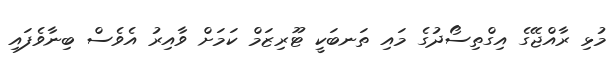
މުޅި ރާއްޖޭގެ އިގްތިސޯދުގެ މައި ތަނބަކީ ޓޫރިޒަމް ކަމަށް ވާއިރު އެވެސް ބިނާވެފައި